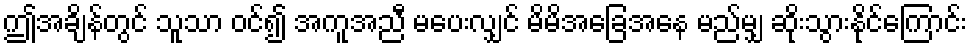
ဤအချိန်တွင် သူသာ ဝင်၍ အကူအညီ မပေးလျှင် မိမိအခြေအနေ မည်မျှ ဆိုးသွားနိုင်ကြောင်း